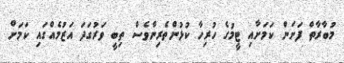
މުބާރާތް ފަށަން ކަމަށާއި ޓީމުގެ ހުރިހާ ކުޅުންތެރިންވެސް ތިބީ ވަރުގަދަ އަޒުމެއްގައި ކަމަށް